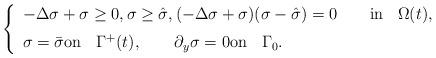
LaTeX: \begin{align*} \left\{ \begin{array}{l} -\Delta \sigma +\sigma\ge0,\sigma \ge \hat \sigma, (-\Delta\sigma+\sigma)(\sigma-\hat\sigma)=0\qquad\mbox{in }\;\; \Omega(t), \\ [0.2 cm] \sigma=\bar\sigma \mbox{on }\;\; \Gamma^+(t), \qquad \partial_y\sigma=0 \mbox{on }\;\; \Gamma_0. \end{array} \right.\end{align*}